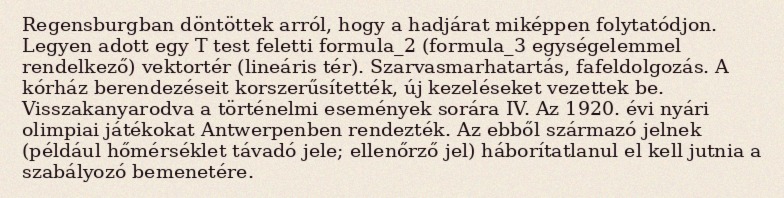
Regensburgban döntöttek arról, hogy a hadjárat miképpen folytatódjon. Legyen adott egy T test feletti formula_2 (formula_3 egységelemmel rendelkező) vektortér (lineáris tér). Szarvasmarhatartás, fafeldolgozás. A kórház berendezéseit korszerűsítették, új kezeléseket vezettek be. Visszakanyarodva a történelmi események sorára IV. Az 1920. évi nyári olimpiai játékokat Antwerpenben rendezték. Az ebből származó jelnek (például hőmérséklet távadó jele; ellenőrző jel) háborítatlanul el kell jutnia a szabályozó bemenetére.